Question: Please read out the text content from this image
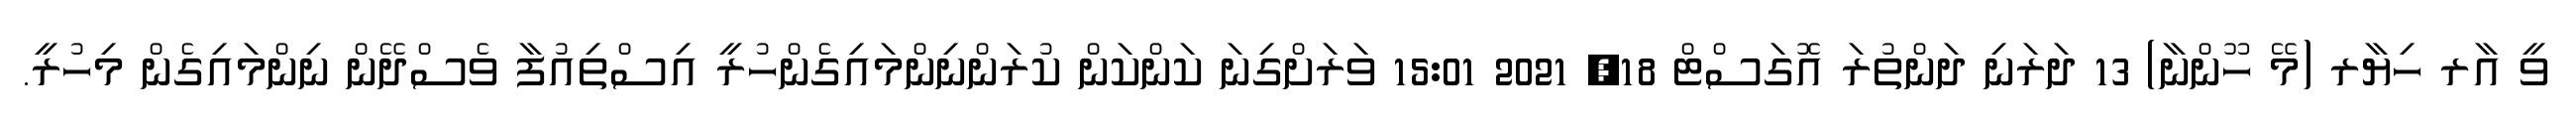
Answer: ވީ އާރ ހިޔާރ (މޭ ހޫންނާ) 13 ދަރަނި ދަންތުރަ އޮގަސްޓް 18, 2021 15:01 ވަރަށްގިނަ ކަންކަން ކުރަންނިންމައިގެންހުރީ އިސްތިއުފާ ވެސްދޭން ނިންމައިގެން މިހުރީ.